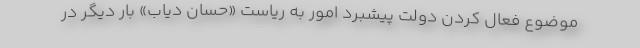
موضوع فعال کردن دولت پیشبرد امور به ریاست «حسان دیاب» بار دیگر در